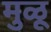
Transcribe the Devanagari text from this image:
मुळू